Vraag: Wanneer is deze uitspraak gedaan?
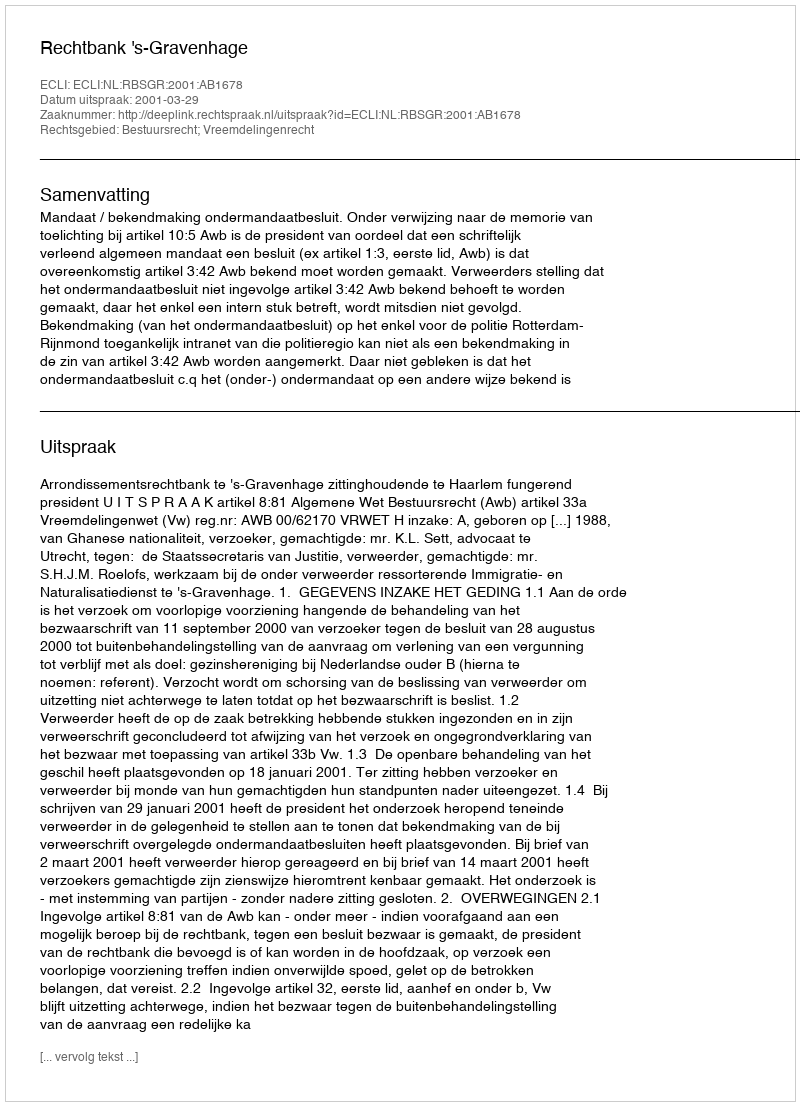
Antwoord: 2001-03-29